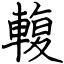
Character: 輹